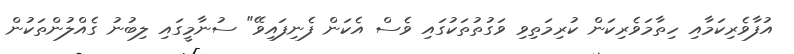
އުފާވެރިކަމާއި ހިތާމަވެރިކަން ކުރިމަތިވި ވަގުތުތަކުގައި ވެސް އެކަން ފެނިފައިވޭ" ސުނާމީގައި ލިބުނު ގެއްލުންތަކުން